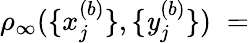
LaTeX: \rho_{\infty}(\{ x_{j}^{(b)}\} ,\{ \mathit{y}_{j}^{(b)}\} )\; =